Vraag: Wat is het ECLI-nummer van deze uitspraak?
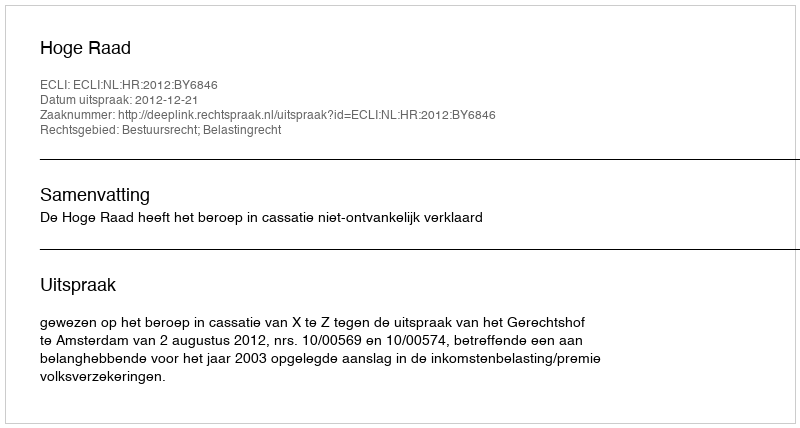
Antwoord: ECLI:NL:HR:2012:BY6846